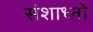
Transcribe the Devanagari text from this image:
संशाध्नो